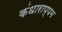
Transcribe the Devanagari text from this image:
कंधाराप्पम